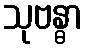
သုဗန္ဓာ